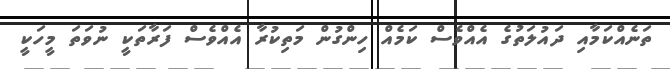
ތަނެއްކަމާއި ދައުލަތުގެ އެއްވެސް ކަމެއް ހިންގުން މަތިކުރާ އެއްވެސް ފަރާތަކީ ނުވަތަ މީހަކީ